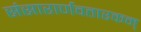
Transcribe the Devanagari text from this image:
संसारार्णवतारकम्